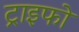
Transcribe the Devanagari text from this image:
ट्राइफो